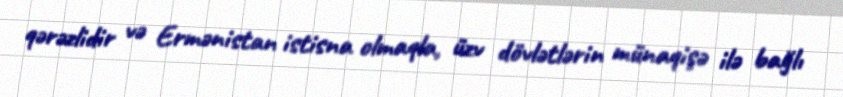
qərəzlidir və Ermənistan istisna olmaqla, üzv dövlətlərin münaqişə ilə bağlı